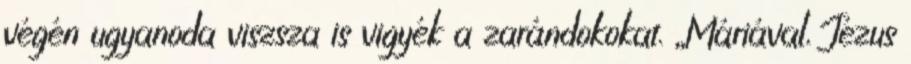
végén ugyanoda viszsza is vigyék a zarándokokat. „Máriával, Jézus